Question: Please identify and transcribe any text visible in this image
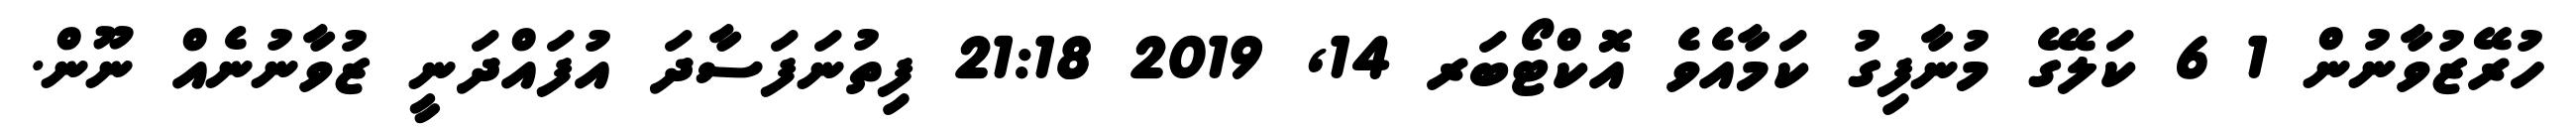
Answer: ހުރޭޒުވާނުން 1 6 ކަލޭގެ މުނާފިގު ކަމާއެވެ އޮކްޓޯބަރ 14, 2019 21:18 ފިތުނަފަސާދަ އުފައްދަނީ ޒުވާނުނެއް ނޫން.